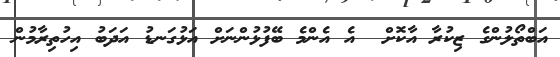
އަބްތޯލުންގެ ޒިކުރާ އާކޮށް  އެ އެންމެ ބޭފުޅުންނަށް އަޅުގަނޑު އަދަބު އިހުތިރާމުން